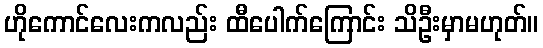
ဟိုကောင်လေးကလည်း ထီပေါက်ကြောင်း သိဦးမှာမဟုတ်။